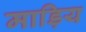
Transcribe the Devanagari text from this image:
माड़िय